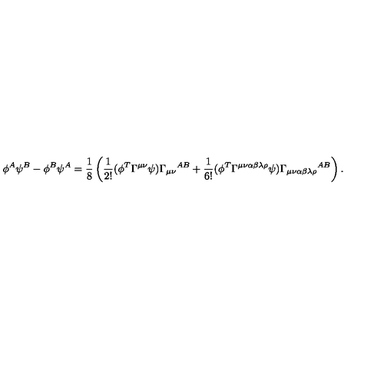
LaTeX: \phi ^ { A } \psi ^ { B } - \phi ^ { B } \psi ^ { A } = \frac { 1 } { 8 } \left( \frac { 1 } { 2 ! } ( \phi ^ { T } \Gamma ^ { \mu \nu } \psi ) { \Gamma _ { \mu \nu } } ^ { A B } + \frac { 1 } { 6 ! } ( \phi ^ { T } \Gamma ^ { \mu \nu \alpha \beta \lambda \rho } \psi ) { \Gamma _ { \mu \nu \alpha \beta \lambda \rho } } ^ { A B } \right) .